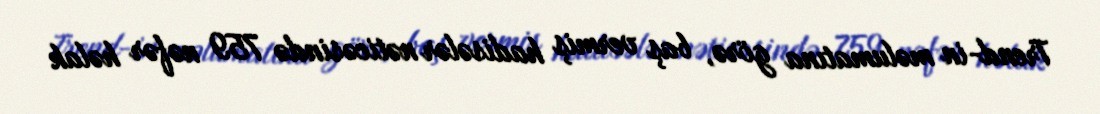
Trend-in məlumatına görə, baş vermiş hadisələr nəticəsində 759 nəfər həlak